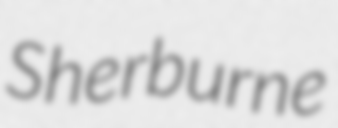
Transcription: Sherburne